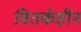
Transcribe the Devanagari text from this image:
वितर्कहीन